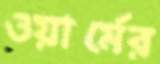
ওয়ার্মের